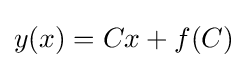
y(x)=Cx+f(C)